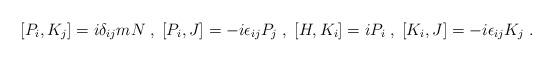
LaTeX: \begin{align*}[P_i,K_j] = i\delta_{ij}mN \; , \; [P_i,J] = -i\epsilon_{ij}P_j \; , \; [H,K_i] = iP_i \; , \; [K_i,J] = -i\epsilon_{ij}K_j \; .\end{align*}